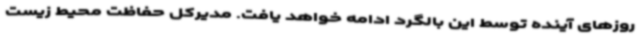
روزهای آینده توسط این بالگرد ادامه خواهد یافت. مدیرکل حفاظت محیط زیست